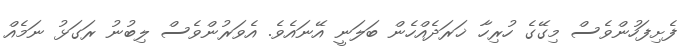
ފެށިފަހުންވެސް މިގޭގެ ހުރިހާ ޚަރަދެއްހެން ބަލަނީ އޭނައެވެ. އެވަރުންވެސް ލިބުނު ރަގަޅު ނަމެއް